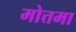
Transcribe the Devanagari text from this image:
मोत्तमा